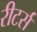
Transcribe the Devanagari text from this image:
रीटर्स